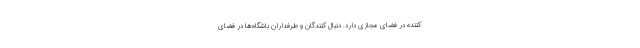
کننده در فضای مجازی دارد. دنبال کنندگان و طرفداران باشگاه‌ها در فضای